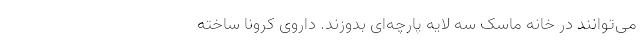
می‌توانند در خانه ماسک سه لایه پارچه‌ای بدوزند. داروی کرونا ساخته